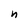
Character: n